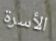
الأسرة